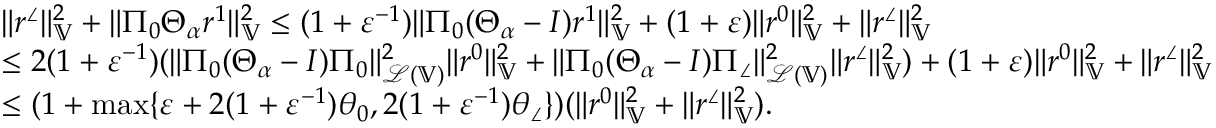
\begin{array} { r l } & { \| r ^ { \angle } \| _ { \mathbb { V } } ^ { 2 } + \| \Pi _ { 0 } \Theta _ { \alpha } r ^ { 1 } \| _ { \mathbb { V } } ^ { 2 } \le ( 1 + \varepsilon ^ { - 1 } ) \| \Pi _ { 0 } ( \Theta _ { \alpha } - I ) r ^ { 1 } \| _ { \mathbb { V } } ^ { 2 } + ( 1 + \varepsilon ) \| r ^ { 0 } \| _ { \mathbb { V } } ^ { 2 } + \| r ^ { \angle } \| _ { \mathbb { V } } ^ { 2 } } \\ & { \le 2 ( 1 + \varepsilon ^ { - 1 } ) ( \| \Pi _ { 0 } ( \Theta _ { \alpha } - I ) \Pi _ { 0 } \| _ { \mathcal { L } ( \mathbb { V } ) } ^ { 2 } \| r ^ { 0 } \| _ { \mathbb { V } } ^ { 2 } + \| \Pi _ { 0 } ( \Theta _ { \alpha } - I ) \Pi _ { \angle } \| _ { \mathcal { L } ( \mathbb { V } ) } ^ { 2 } \| r ^ { \angle } \| _ { \mathbb { V } } ^ { 2 } ) + ( 1 + \varepsilon ) \| r ^ { 0 } \| _ { \mathbb { V } } ^ { 2 } + \| r ^ { \angle } \| _ { \mathbb { V } } ^ { 2 } } \\ & { \le ( 1 + \operatorname* { m a x } \{ \varepsilon + 2 ( 1 + \varepsilon ^ { - 1 } ) \theta _ { 0 } , 2 ( 1 + \varepsilon ^ { - 1 } ) \theta _ { \angle } \} ) ( \| r ^ { 0 } \| _ { \mathbb { V } } ^ { 2 } + \| r ^ { \angle } \| _ { \mathbb { V } } ^ { 2 } ) . } \end{array}